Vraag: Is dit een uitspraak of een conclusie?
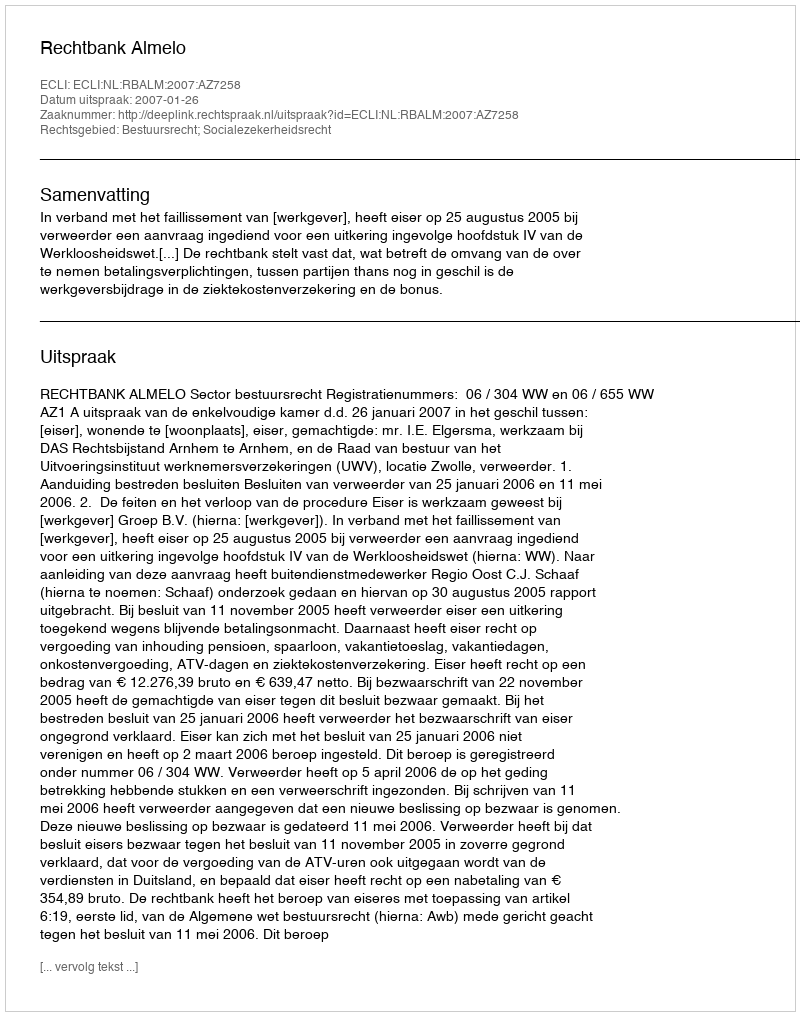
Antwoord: Uitspraak